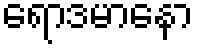
ရောဒမာနော